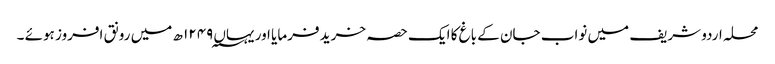
محلہ اردو شریف میں نواب جان کے باغ کا ایک حصہ خرید فرمایا اور یہاں ۱۲۴۹؁ ھ میں رونق افروز ہوئے ۔